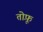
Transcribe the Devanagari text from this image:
तोफ़ू